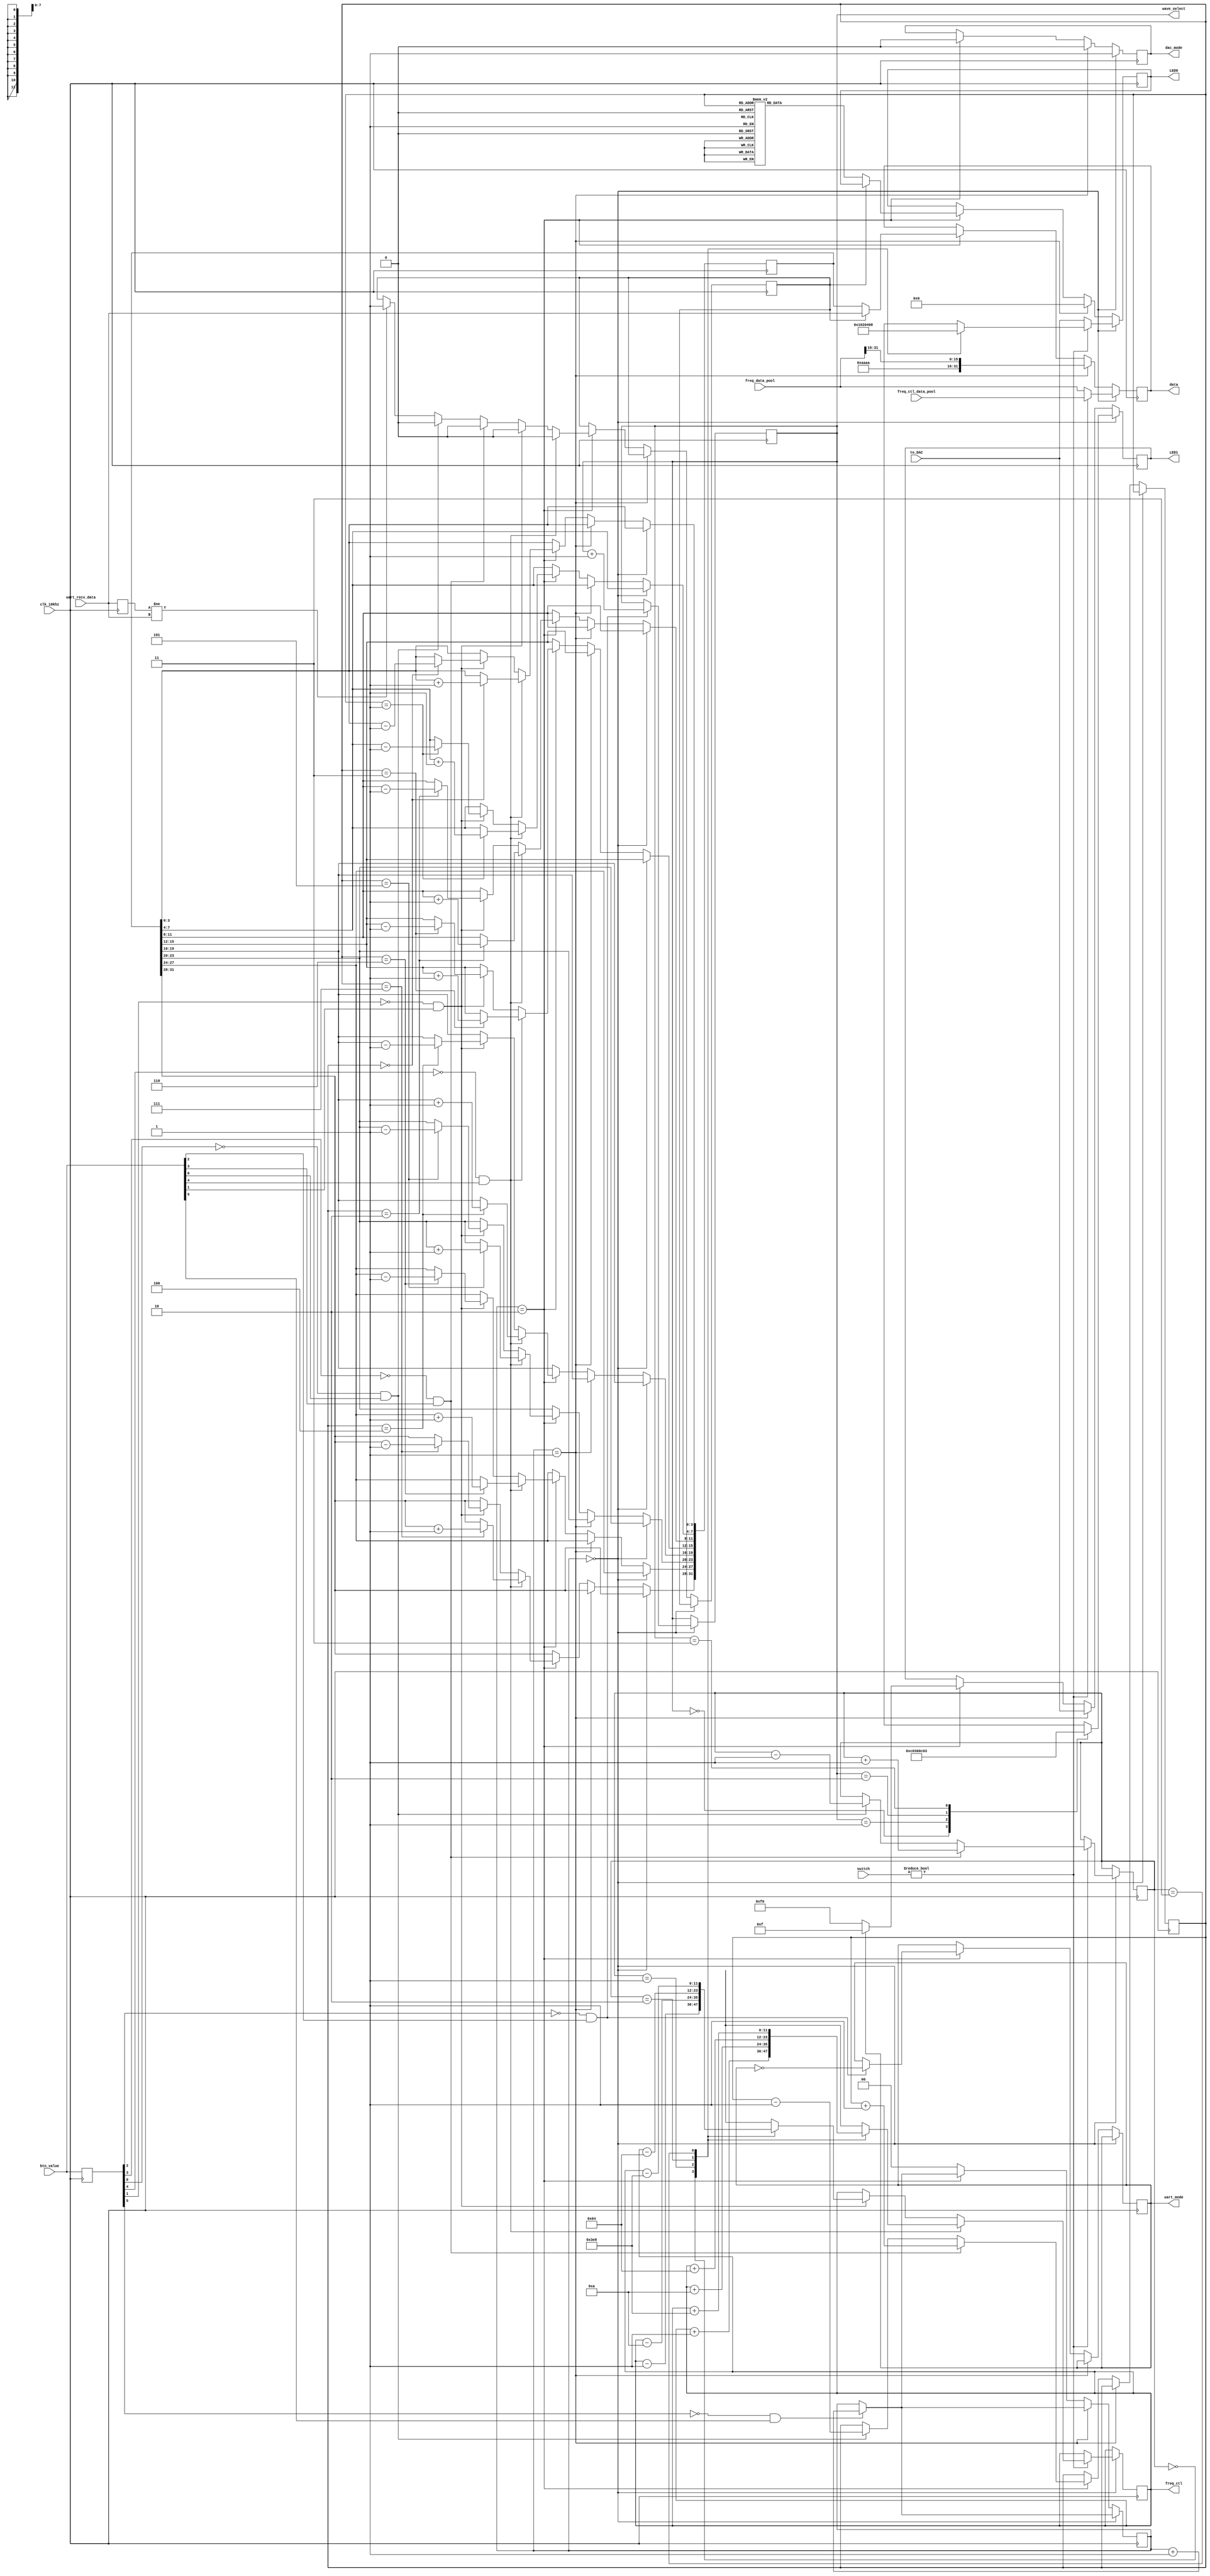
`timescale 1ns / 1ps
//////////////////////////////////////////////////////////////////////////////////
// Company: 
// Engineer: 
// 
// Design Name: 
// Module Name: dynamic_ctl
// Project Name: 
// Target Devices: 
// Tool Versions: 
// Description: 
// 
// Dependencies: 
// 
// Revision:
// Revision 0.01 - File Created
// Additional Comments:
// 
//////////////////////////////////////////////////////////////////////////////////


module dynamic_ctl(
    input clk_10khz,
    input[7:0] to_DAC,
    input[5:0] btn_value,
    input[7:0] switch,
    input[31:0] freq_data_pool,
    input[31:0] freq_ctl_data_pool,
    input[31:0] uart_recv_data,
    output reg[7:0] LED0,
    output reg[7:0] LED1,
    output reg[1:0] wave_select,
    output reg dac_mode,
    output reg uart_mode,
    output reg[11:0] freq_ctl,
    output reg[31:0] data
    );

    // which number to adjust during number adjust
    reg[5:0] btn_seg_flag;
    // 0 for dds & freq display
    // 1 for dds & freq adjust
    // 2 for dds & num display & num adjust
    reg[1:0] global_mode;
    // whether to enter freq_ctl adjust mode
    reg freq_ctl_flag;
    // display num data pool
    reg[31:0] num_data_pool;
    // am disp pool
    wire[31:0] am_pool;
    assign am_pool[31:16] = 16'haaaa;
    assign am_pool[15:0] = freq_data_pool[31:16];
    // number display pos
    reg[2:0] num_seg_pos;
    // freq adjust pos
    reg[1:0] freq_adj_pos;
    // button last status
    reg[5:0] btn_last_status;
    // reset

    // uart receive data(last)
    reg[31:0] last_uart_recv;
    // uart_disp status
    reg uart_disp;

    // initialization
    initial
    begin
        freq_ctl = 12'd1;
        LED0 = 8'b00000000;
        LED1 = 8'b00000000;
        global_mode = 2'b0;
        btn_last_status = 0;
        // default sin
        wave_select = 2'd0;
        num_seg_pos = 0;
        freq_adj_pos = 0;
        last_uart_recv = 0;
        // default number
        num_data_pool[31:28] = 4'h6;
        num_data_pool[27:24] = 4'h8;
        num_data_pool[23:20] = 4'h0;
        num_data_pool[19:16] = 4'h1;
        num_data_pool[15:12] = 4'h1;
        num_data_pool[11:8] = 4'h0;
        num_data_pool[7:4] = 4'h3;
        num_data_pool[3:0] = 4'h3;
        uart_mode = 1;
        uart_disp = 0;
    end

    always@(posedge clk_10khz)
    begin
        if ((btn_last_status[5] == 0) && (btn_value[5] == 1))
        begin
            global_mode <= global_mode + 2'd1;
        end

        // dds mode
        if (global_mode == 2'd0)
        begin
            dac_mode <= 1;
            if ((btn_last_status[2] == 0) && (btn_value[2] == 1))
            begin
                wave_select <= wave_select + 2'd1;
            end

            case(wave_select)
                2'd0: LED1 <= 8'b11000000;
                2'd1: LED1 <= 8'b00110000;
                2'd2: LED1 <= 8'b00001100;
                2'd3: LED1 <= 8'b00000011;
            endcase

            if (switch != 0)
            begin
                if ((btn_last_status[3] == 0) && (btn_value[3] == 1))
                begin
                    freq_adj_pos <= freq_adj_pos + 2'd1;
                end
                else if ((btn_last_status[0] == 0) && (btn_value[0] == 1))
                begin
                    freq_adj_pos <= freq_adj_pos - 2'd1;
                end

                case (freq_adj_pos)
                    2'd0:
                    begin
                        LED0 <= 8'b00000001;
                    end
                    2'd1:
                    begin
                        LED0 <= 8'b00000010;
                    end
                    2'd2:
                    begin
                        LED0 <= 8'b00000100;
                    end
                    2'd3:
                    begin
                        LED0 <= 8'b00001000;
                    end    
                endcase

                data <= freq_ctl_data_pool;

                if ((btn_last_status[4] == 0) && (btn_value[4] == 1))
                begin
                    case (freq_adj_pos)
                        2'b00: freq_ctl <= freq_ctl + 12'd1;
                        2'b01: freq_ctl <= freq_ctl + 12'd10;
                        2'b10: freq_ctl <= freq_ctl + 12'd100;
                        2'b11: freq_ctl <= freq_ctl + 12'd1000;
                    endcase
                end
                else if ((btn_last_status[1] == 0) && (btn_value[1] == 1))
                begin
                    case (freq_adj_pos)
                        2'b00: freq_ctl <= freq_ctl - 12'd1;
                        2'b01: freq_ctl <= freq_ctl - 12'd10;
                        2'b10: freq_ctl <= freq_ctl - 12'd100;
                        2'b11: freq_ctl <= freq_ctl - 12'd1000;  
                    endcase
                end
            end
            else
            begin
                LED0 <= to_DAC;
                data <= freq_data_pool;
            end
        end
        // am_mod
        else if (global_mode == 2'd1)
        begin
            dac_mode <= 0;
            LED0 <= 8'b0000000;
            LED1 <= to_DAC;
            data <= am_pool;
        end
        // num/uart mode
        else if (global_mode == 2'd2)
        begin
            dac_mode <= 0;
            if (last_uart_recv != uart_recv_data)
            begin
                uart_disp <= 1;
            end

            // uart mode switch
            if ((btn_last_status[2] == 0) && (btn_value[2] == 1))
            begin
                uart_mode <= ~uart_mode;
            end

            if ((btn_last_status[3] == 0) && (btn_value[3] == 1))
            begin
                uart_disp <= 0;
                num_seg_pos <= num_seg_pos + 3'd1;
            end
            else if ((btn_last_status[0] == 0) && (btn_value[0] == 1))
            begin
                uart_disp <= 0;
                num_seg_pos <= num_seg_pos - 3'd1;
            end

            // LED0
            if (uart_disp == 0)
            begin
                case (num_seg_pos)
                    3'd0:
                    begin
                        LED0 <= 8'b00000001;
                    end
                    3'd1:
                    begin
                        LED0 <= 8'b00000010;
                    end
                    3'd2:
                    begin
                        LED0 <= 8'b00000100;
                    end
                    3'd3:
                    begin
                        LED0 <= 8'b00001000;
                    end
                    3'd4:
                    begin
                        LED0 <= 8'b00010000;
                    end
                    3'd5:
                    begin
                        LED0 <= 8'b00100000;
                    end
                    3'd6:
                    begin
                        LED0 <= 8'b01000000;
                    end
                    3'd7:
                    begin
                        LED0 <= 8'b10000000;
                    end
                endcase
            end

            if (uart_mode)
            begin
                LED1 <= 8'b00001111;
            end
            else
            begin
                LED1 <= 8'b11110000;
            end

            if (uart_disp == 1)
            begin
                data <= uart_recv_data;
            end
            else
            begin
                data <= num_data_pool;
            end

            if ((btn_last_status[4] == 0) && (btn_value[4] == 1))
            begin
                uart_disp <= 0;
                case (num_seg_pos)
                    3'd0:
                    begin
                        num_data_pool[3:0] <= num_data_pool[3:0] + 4'h1;
                    end
                    3'd1:
                    begin
                        num_data_pool[7:4] <= num_data_pool[7:4] + 4'h1;
                    end
                    3'd2:
                    begin
                        num_data_pool[11:8] <= num_data_pool[11:8] + 4'h1;
                    end
                    3'd3:
                    begin
                        num_data_pool[15:12] <= num_data_pool[15:12] + 4'h1;
                    end
                    3'd4:
                    begin
                        num_data_pool[19:16] <= num_data_pool[19:16] + 4'h1;
                    end
                    3'd5:
                    begin
                        num_data_pool[23:20] <= num_data_pool[23:20] + 4'h1;
                    end
                    3'd6:
                    begin
                        num_data_pool[27:24] <= num_data_pool[27:24] + 4'h1;
                    end
                    3'd7:
                    begin
                        num_data_pool[31:28] <= num_data_pool[31:28] + 4'h1;
                    end
                endcase
            end
            else if ((btn_last_status[1] == 0) && (btn_value[1] == 1))
            begin
                uart_disp <= 0;
                case (num_seg_pos)
                    3'd0:
                    begin
                        num_data_pool[3:0] <= num_data_pool[3:0] - 4'h1;
                    end
                    3'd1:
                    begin
                        num_data_pool[7:4] <= num_data_pool[7:4] - 4'h1;
                    end
                    3'd2:
                    begin
                        num_data_pool[11:8] <= num_data_pool[11:8] - 4'h1;
                    end
                    3'd3:
                    begin
                        num_data_pool[15:12] <= num_data_pool[15:12] - 4'h1;
                    end
                    3'd4:
                    begin
                        num_data_pool[19:16] <= num_data_pool[19:16] - 4'h1;
                    end
                    3'd5:
                    begin
                        num_data_pool[23:20] <= num_data_pool[23:20] - 4'h1;
                    end
                    3'd6:
                    begin
                        num_data_pool[27:24] <= num_data_pool[27:24] - 4'h1;
                    end
                    3'd7:
                    begin
                        num_data_pool[31:28] <= num_data_pool[31:28] - 4'h1;
                    end
                endcase
            end
        end
        else
        begin
            global_mode <= 2'd0;
        end
        btn_last_status <= btn_value;
        last_uart_recv <= uart_recv_data;
    end
endmodule